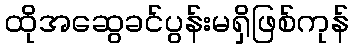
ထိုအဆွေခင်ပွန်းမရှိဖြစ်ကုန်